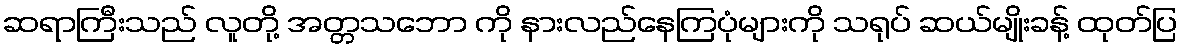
ဆရာကြီးသည် လူတို့ အတ္တသဘော ကို နားလည်နေကြပုံများကို သရုပ် ဆယ်မျိုးခန့် ထုတ်ပြ